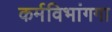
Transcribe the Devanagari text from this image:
कर्मविभांगगा